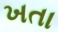
ખતા